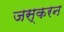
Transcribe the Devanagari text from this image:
जस्करन